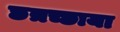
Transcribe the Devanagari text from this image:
छत्रच्छाया